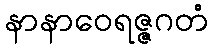
နာနာဝေရဇ္ဇဂတံ